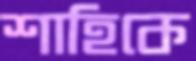
শাহিকে